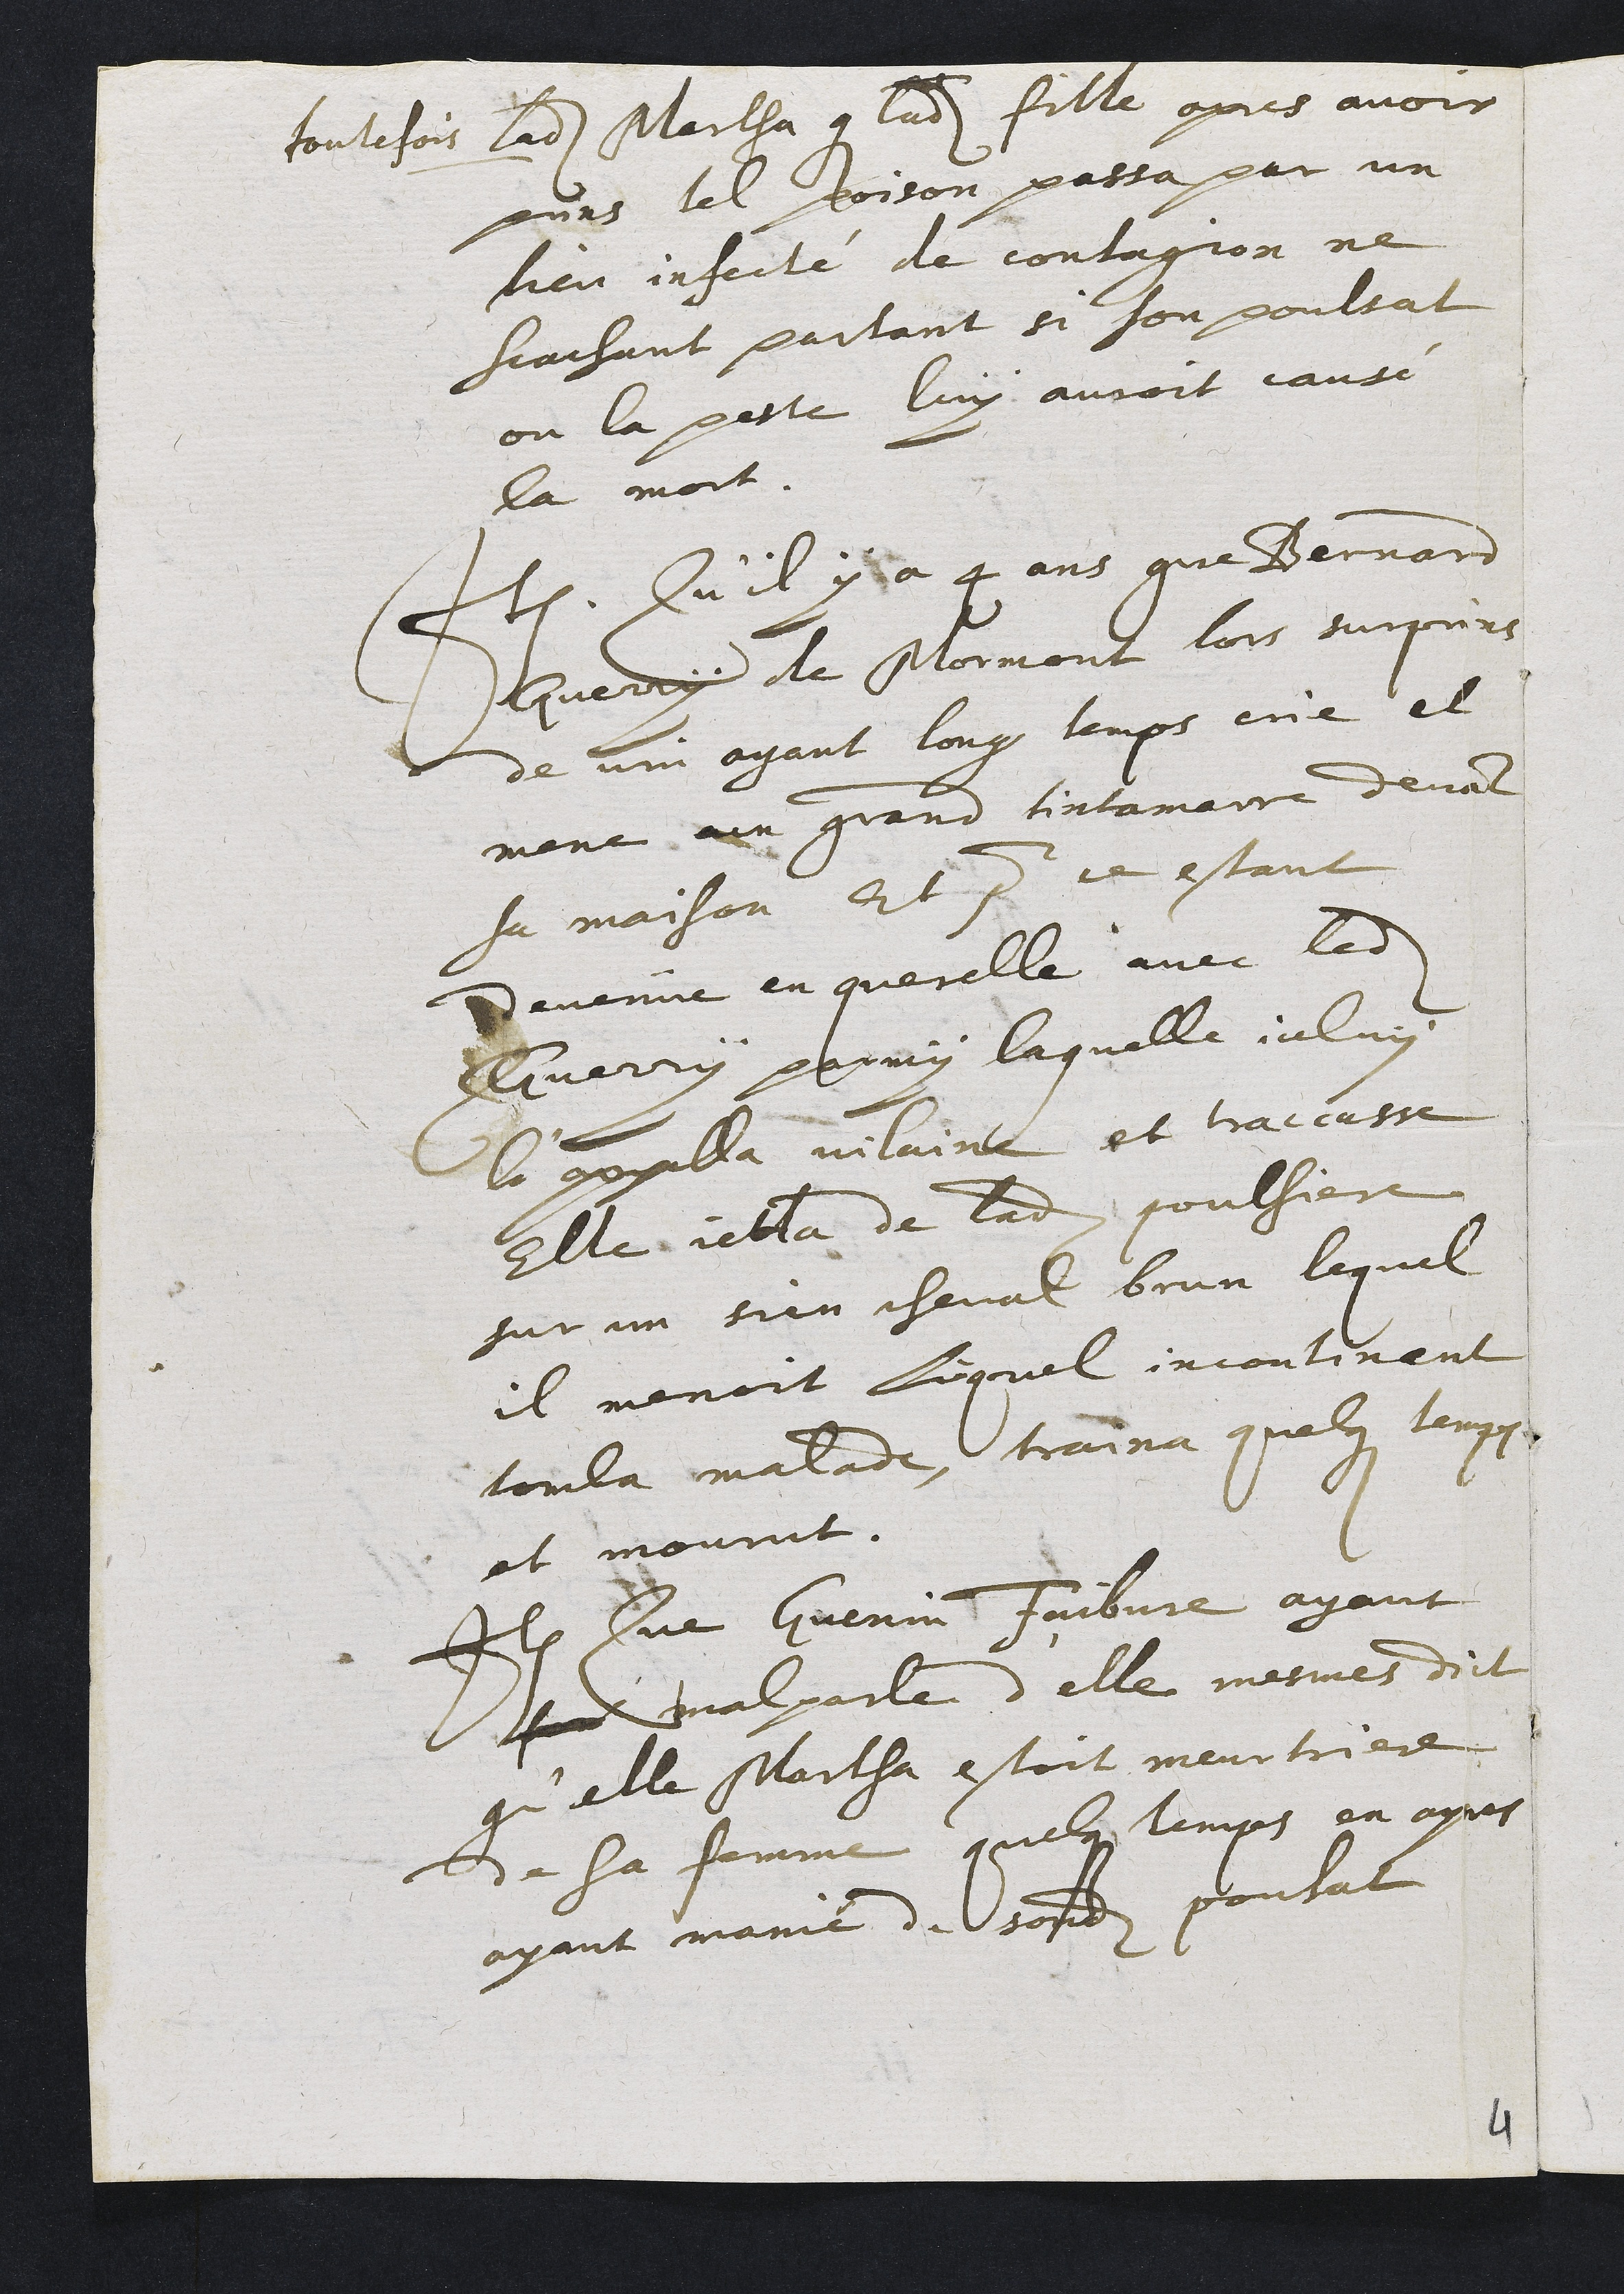
toutefois ladite Martha que ladite fille apres avoir
puins tel poison passa par un
lieu infecté de contagion ne
scachant partant si son poulsat
ou la peste luy auroit cause
la mort.
Item Qu'il y a 4 ans que Bermard
nerry de Mormont lors surpuns
de vin ayant loug temps enc el
mene aun grand tintamaire devant
sa maison Et pour ce estant
devenue en querelle avec ledit
Guerry permy laquelle iceluy
la appalla vilaine et traccasse
Elle jetta de ladite poulsiere
sur un sien cheval brun lequel
il menoit luquel incontinaent
tou la malade, traina quelque lerpus
et mourut.
Item Que Guenin Faibvre ayant
e malparle d'elle mesmes dict
qu'elle Martha estoit meurtriere
de sa femme quelque temps en apres
ayant manie de sondit poulat